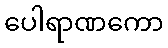
ပေါရာဏကော